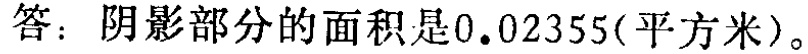
答：阴影部分的面积是\(0.02355\)（平方米）。